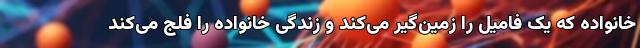
خانواده که یک فامیل را زمین‌گیر می‌کند و زندگی خانواده را فلج می‌کند